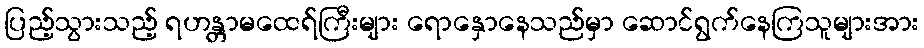
ပြည့်သွားသည့် ရဟန္တာမထေရ်ကြီးများ ရောနှောနေသည်မှာ ဆောင်ရွက်နေကြသူများအား